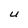
Character: U